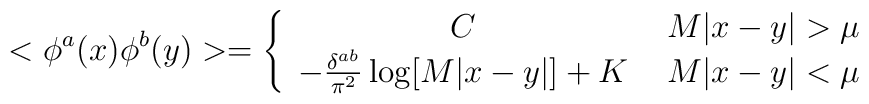
<\phi^a(x) \phi^b(y)> = \left\{ \begin{array}{cc} C & \mbox{ $M|x-y|>\mu$} \\-\frac{\delta^{ab}}{\pi^2} \log [M|x-y|] +K & \mbox{ $M|x-y|<\mu$} \end{array}\right.